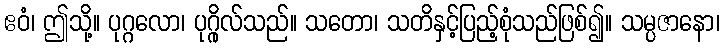
ဧဝံ၊ ဤသို့။ ပုဂ္ဂလော၊ ပုဂ္ဂိုလ်သည်။ သတော၊ သတိနှင့်ပြည့်စုံသည်ဖြစ်၍။ သမ္ပဇာနော၊